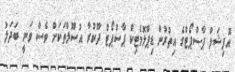
އޮފިޝަލް ޕާސްޕޯޓްގެ އިތުރުން ޑިޕްލޮމެޓިކް ޕާސްޕޯޓް ދޫކުރާ އުސޫލްތަކަށް ވެސް ވަނީ ބަދަލު